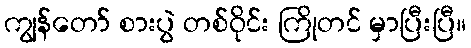
ကျွန်တော် စားပွဲ တစ်ဝိုင်း ကြိုတင် မှာပြီးပြီ။